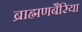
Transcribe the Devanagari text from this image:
ब्राह्मणबैरिया